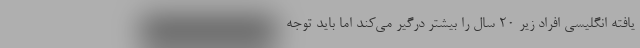
یافته انگلیسی افراد زیر ۲۰ سال را بیشتر درگیر می‌کند اما باید توجه